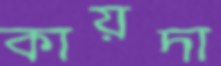
কায়দা